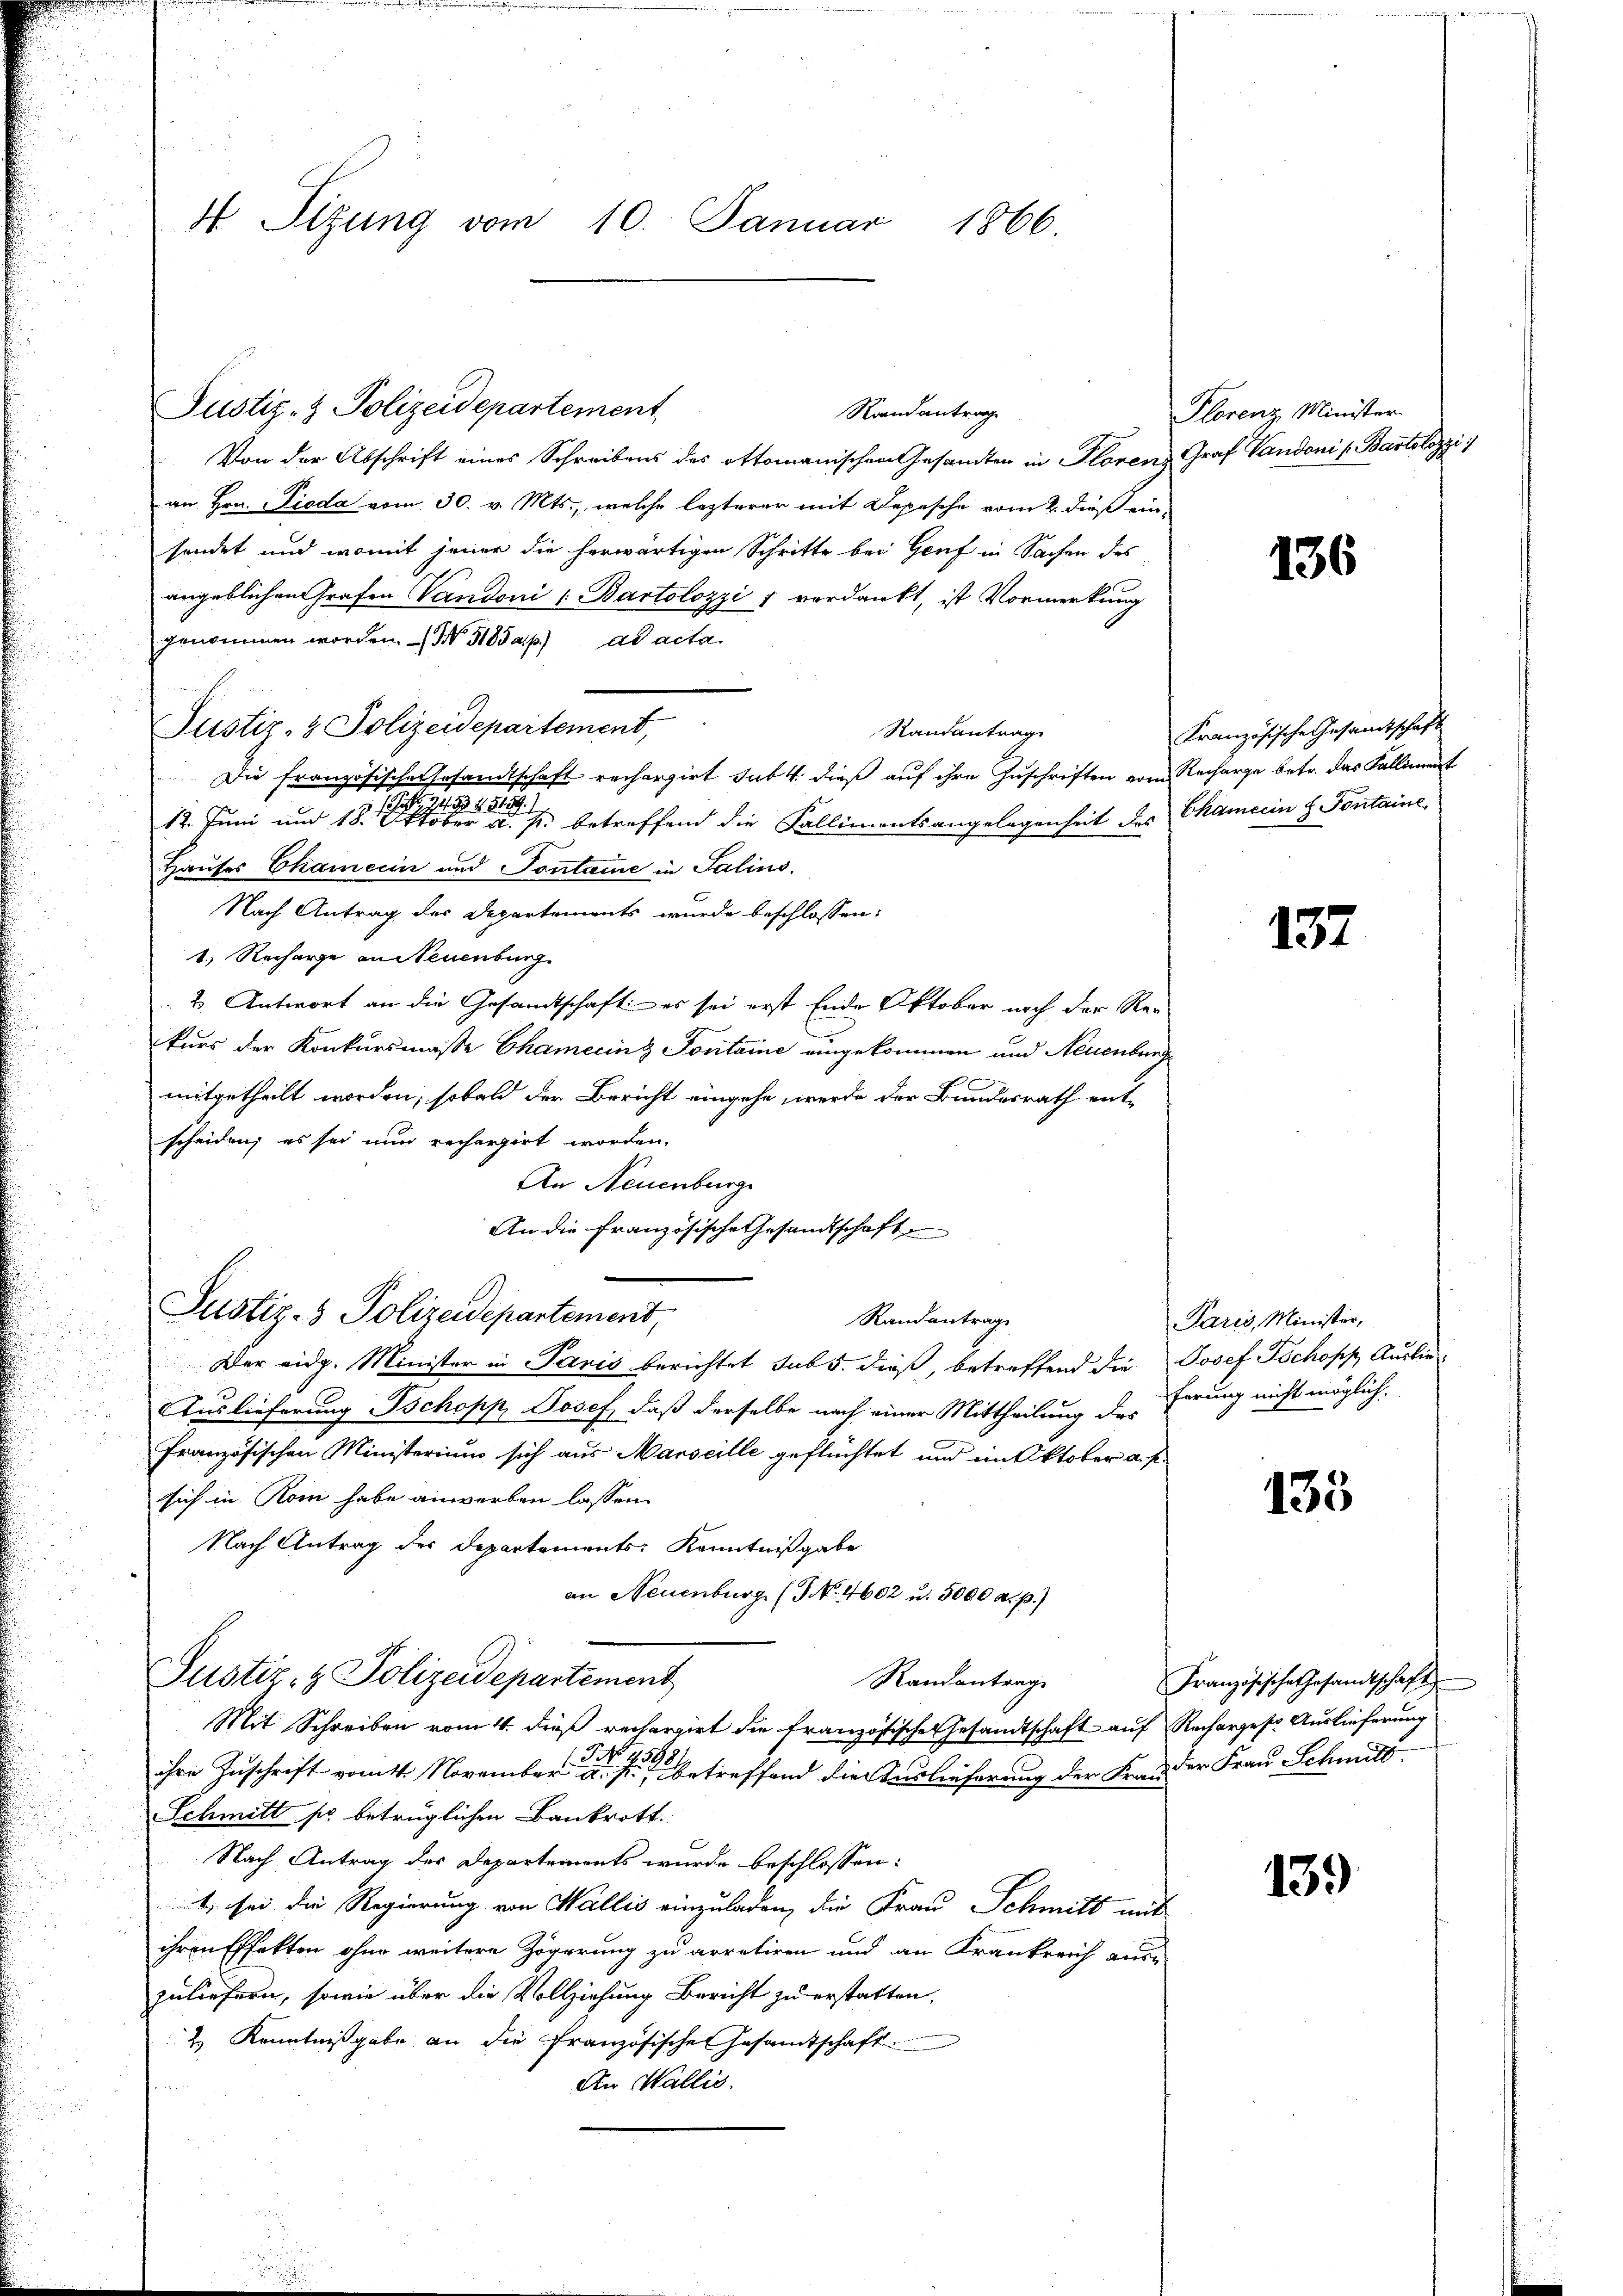
4 Sitzung vom 10. Januar 1866.

Justiz- & Polizeidepartement

Raandantrag
Von der Abschrift eines Schreibens des Ottomanischen Gesamten in Florenz Graf Vaudoni l. Bartolozzi
an Hrn. Pioda vom 30. v. Mts., welche lezterer mit Depesche vom 2. dieß einsendet und womit jener die herwärtigen Schritte bei Genf in Sachen des
angeblichen Grafen Vandoni (Bartolozzi 1 verdankt, ist Vormerkung
genommen worden. - NNo. 318 a. p. ad acta.
Justiz- & Polizeidepartement,
Randantrag
Die französische Ersandtschaft rechargirt sub. 4. dieß auf ihre Zuschriften vom Recharge betr. das Falliment
12. Juni und 181 f. betreffend die Fallimentsangelegenheit des Chamerin H. Fontaine
Hauses Chamerin und Sontane in Salins.
Nach Antrag des Departements wurde beschlossen:
1.) Recharge an Steuenburg
2 Antwort an die Gesamtschaft - es sei erst Ende Oktober noch der Re-
kurs der Konkursmasse Chamering Sontaine eingekommen und Neuenburg
f
mitgetheilt worden; sobald der Bericht eingehe, werde der Bundesrath entscheiden; es sei nun rechargirt worden.
An Neuenburg
An die Französische Gesandtschaft
Justiz- & Polizeidepartement,
Randantrage
Der eidg. Minister in Paris berichtet sub 5. dieß, betreffend die Josef Schopp Auslie
Auslieferung schopp, Josef, daß derselbe nach einer Mittheilung des Ferung nicht möglich.
Französischen Ministerium sich aus Marseille geflüchtet und im Oktober a. p.
sich in Rom habe anwerben lassen.
Nach Antrag des Departements Kenntnißgabe
an Neuenburg (NNo. 4602 u. 5000 a. p.)
Justiz- & Polizeidepartement
Randantrage
Mit Schreiben vom 4. dieß rechargirt die französische Gesandtschaft auf Rechargeste Auslieferung
 19
ihre Zuschrift vom 11. November a. f., betreffend die Auslieferung der Frau der Frau Schmitt
Schmitt fr. betrüglichen Bankrott
Nach Antrag des Departements wurde beschlossen:
1, sei die Regierung von Wallis einzuladen, die Frau Schmitt mit
ihren Effekten ohne weitere Zögerung zu arretiren und an Krankreich aus
zuliefern, sowie über die Vollziehung Bericht zu erstatten,
2 Kenntnißgabe an die französischen Gesamtschaft.
An Wallis.

Plorenz Minister

Französische Gesandtschaft

136

132

Paris, Minister,

135

Französische Gesamtschaft

139